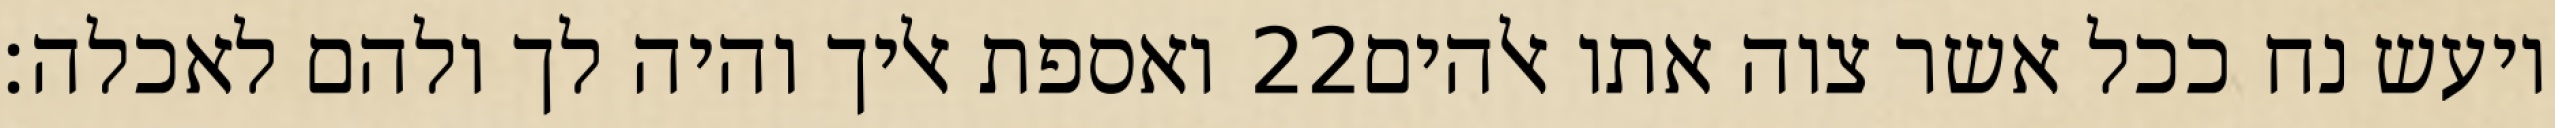
ואספת אליך והיה לך ולהם לאכלה׃ ‎22‏ ויעש נח ככל אשר צוה אתו אלהים